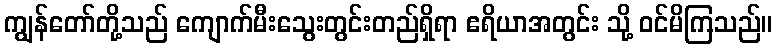
ကျွန်တော်တို့သည် ကျောက်မီးသွေးတွင်းတည်ရှိရာ ဧရိယာအတွင်း သို့ ဝင်မိကြသည်။